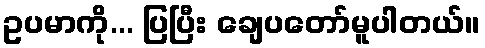
ဥပမာကို... ပြပြီး ချေပတော်မူပါတယ်။